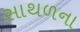
સાથળના